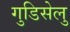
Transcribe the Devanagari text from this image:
गुडिसेलु